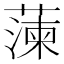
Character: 𮑔